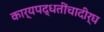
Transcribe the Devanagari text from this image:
कार्यपद्धतींचादीर्घ